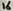
Text: 16